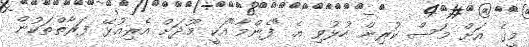
މީގެ އަށް މަސް ކުރިން ހުޅުވި އެ "ފެންމާ"އަކީ މޫދަށް އެރިއުޅޭ ފަރާތްތަކުން